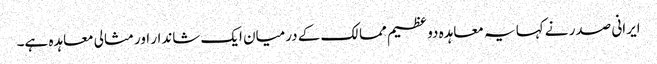
ایرانی صدر نے کہا یہ معاہدہ دو عظیم ممالک کے درمیان ایک شاندار اور مثالی معاہدہ ہے۔